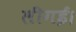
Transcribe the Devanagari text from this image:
लीगई।